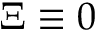
\Xi \equiv 0